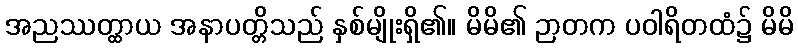
အညဿတ္ထာယ အနာပတ္တိသည် နှစ်မျိုးရှိ၏။ မိမိ၏ ဉာတက ပဝါရိတထံ၌ မိမိ